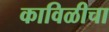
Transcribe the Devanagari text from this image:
काविळीचा